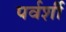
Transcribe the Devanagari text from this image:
पर्वर्शी